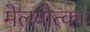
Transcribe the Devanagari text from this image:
मेलवोत्का